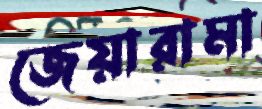
জেয়ারামা